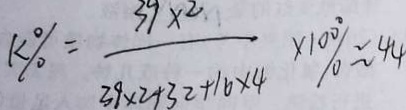
k \% = \frac { 3 9 \times 2 } { 3 9 \times 2 + 3 2 + 1 6 \times 4 } \times 1 0 0 \% \approx 4 4